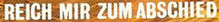
REICH MIR ZUM ABSCHIED